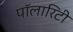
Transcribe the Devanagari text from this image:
पॉलारिटी